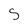
Character: S